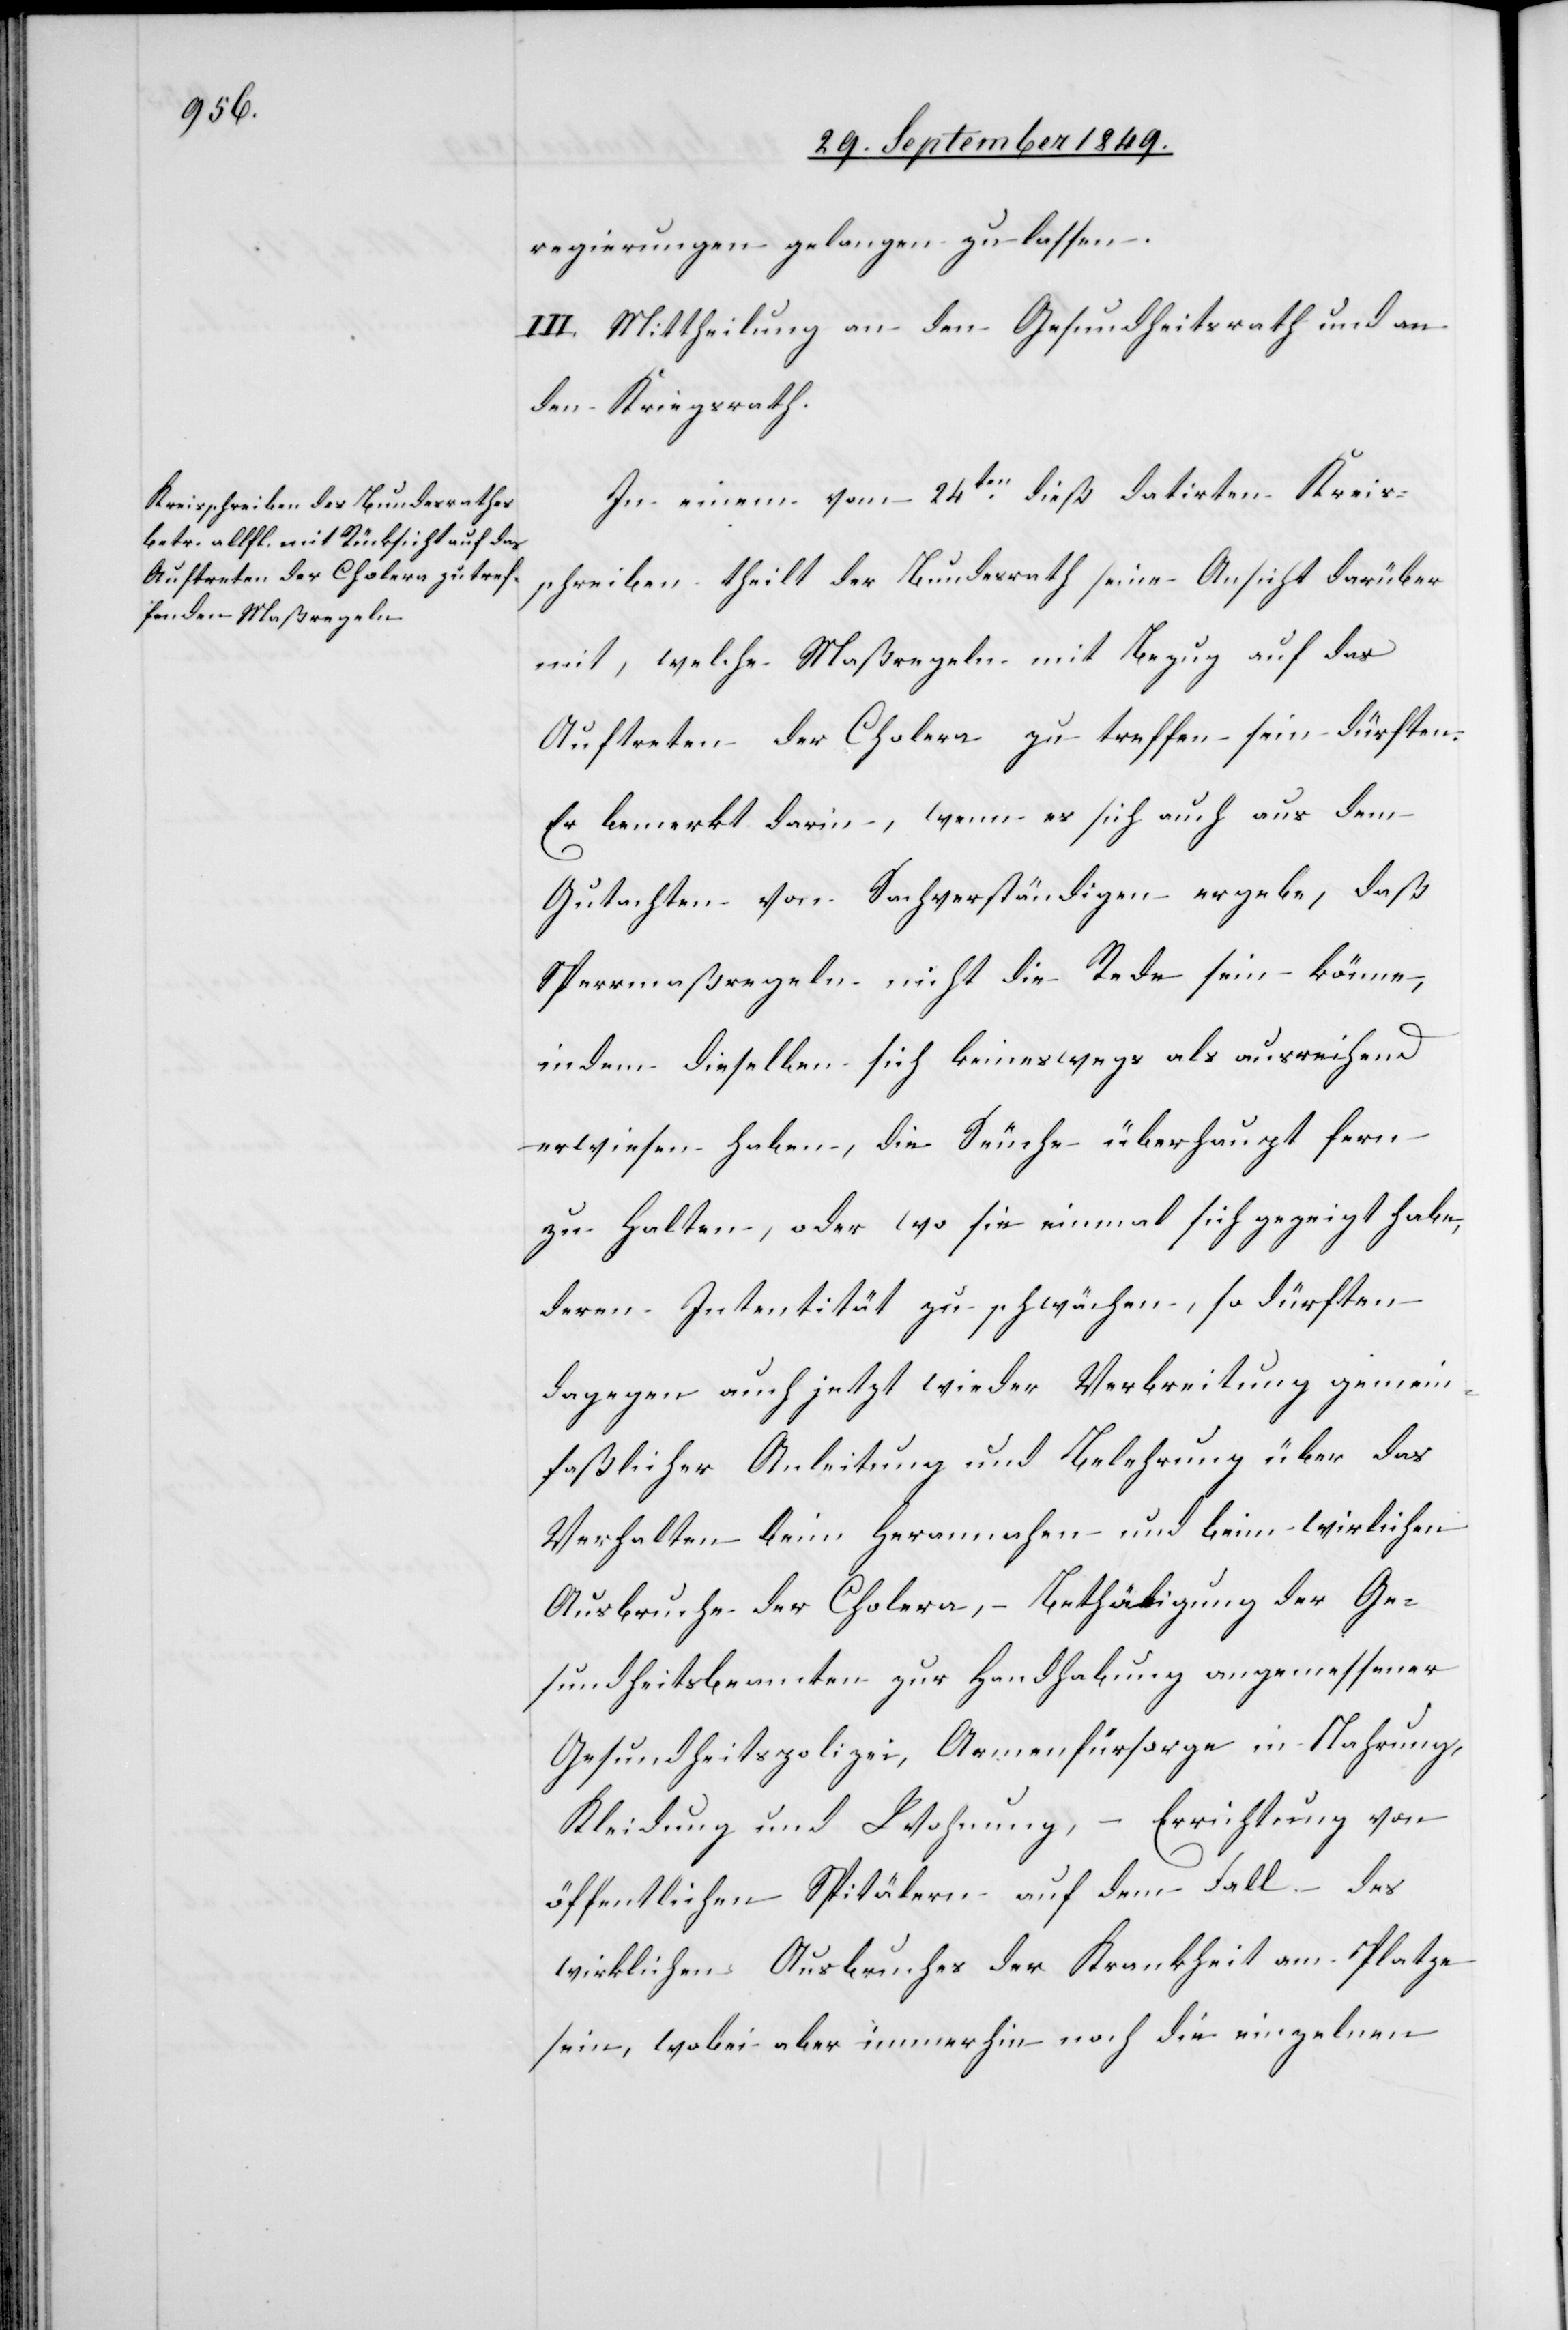
regierungen gelangen zu lassen.
III. Mittheilung an den Gesundheitsrath und d¬
en Kriegsrath.
In einem vom 24ten dieß datirten Kreis¬
schreiben theilt der Bundesrath seine Ansicht darüber
mit, welche Maßregeln mit Bezug auf das
Auftreten der Cholera zu treffen sein dürften.
Er bemerkt darin, wenn es sich auch aus dem
Gutachten von Sachverständigen ergebe, daß
Pfarrmaßregeln nicht die Rede sein könne,
indem dieselben sich keineswegs als ausreichend
erwiesen haben, die Seuche überhaupt fern
zu halten, oder wo sie einmal sich gezeigt habe,
deren Intentität zu schwächen, so dürften
dagegen auch jetzt wieder Verbreitung gemein¬
faßlicher Anleitung und Belehrung über das
Verhalten beim Herannahen und beim wirklichen
Ausbruche der Cholera, – Bethäligung der Ge¬
Gesundheitsbeamten zur Handhabung angemessener
Gesundheitspolizei, Armenfürsorge in Nahrung,
Kleidung und Wohnung, – Errichtung von
öffentlichen Spitälern auf dem Fall des
wirklichen Ausbruches der Krankheit am Platze
sein, wobei aber immerhin noch die einzelnen